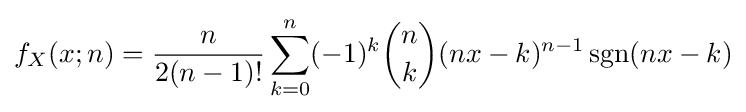
f_{X}(x;n)={\frac {n}{2(n-1)!}}\sum _{k=0}^{n}(-1)^{k}{n \choose k}(nx-k)^{n-1}\operatorname {sgn}(nx-k)